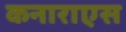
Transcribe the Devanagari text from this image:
कनाराएस